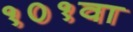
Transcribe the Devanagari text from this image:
१०१वा